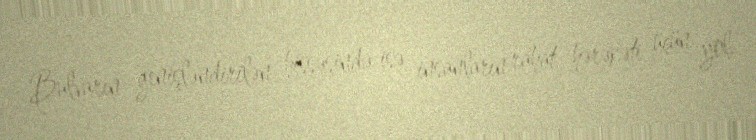
Bulvarın genişləndirilən hissəsində isə insanların rahat hərəkəti üçün yol,